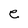
Character: e